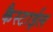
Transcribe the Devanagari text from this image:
कैस्टाईल